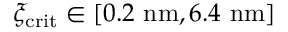
\xi _ { \mathrm { c r i t } } \in [ 0 . 2 \ \mathrm { n m } , 6 . 4 \ \mathrm { n m } ]